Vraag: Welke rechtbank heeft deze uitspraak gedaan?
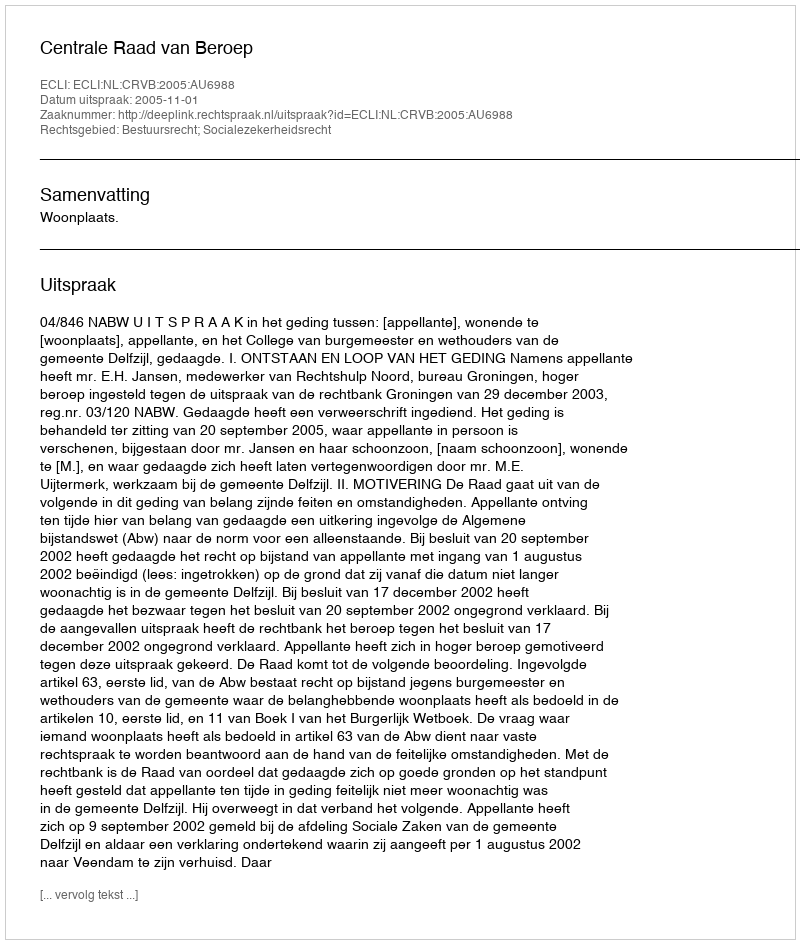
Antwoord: Centrale Raad van Beroep